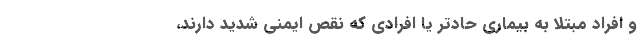
و افراد مبتلا به بیماری حادتر یا افرادی که نقص ایمنی شدید دارند،